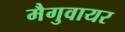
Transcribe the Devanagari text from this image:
मैगुवायर